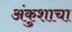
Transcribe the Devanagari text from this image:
अंकुशाचा